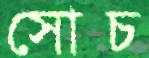
সোচ